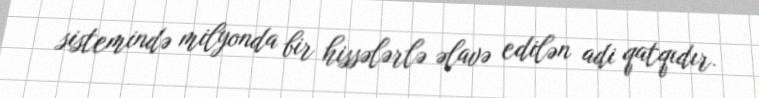
sistemində milyonda bir hissələrlə əlavə edilən adi qatqıdır.